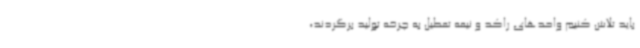
باید تلاش کنیم واحدهای راکد و نیمه‌ تعطیل به چرخه تولید برگردند،